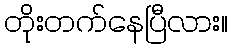
တိုးတက်နေပြီလား။